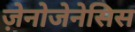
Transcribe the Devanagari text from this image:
ज़ेनोजेनेसिस